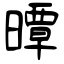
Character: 曋